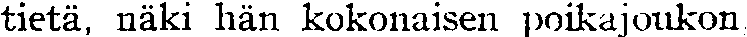
tietä, näki hän kokonaisen poikajoukon